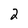
Character: 2